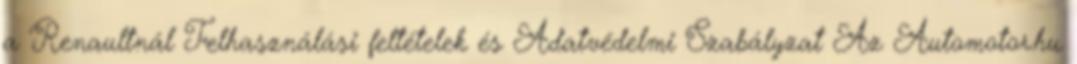
a Renaultnál Felhasználási feltételek és Adatvédelmi Szabályzat Az Automotor.hu